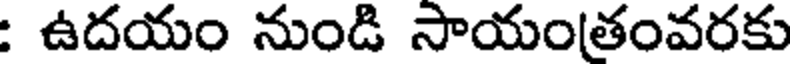
: ఉదయం నుండి సాయంతంవరకు